Note on the mental hospitals in Burma - 1925-1940
Year: 1925
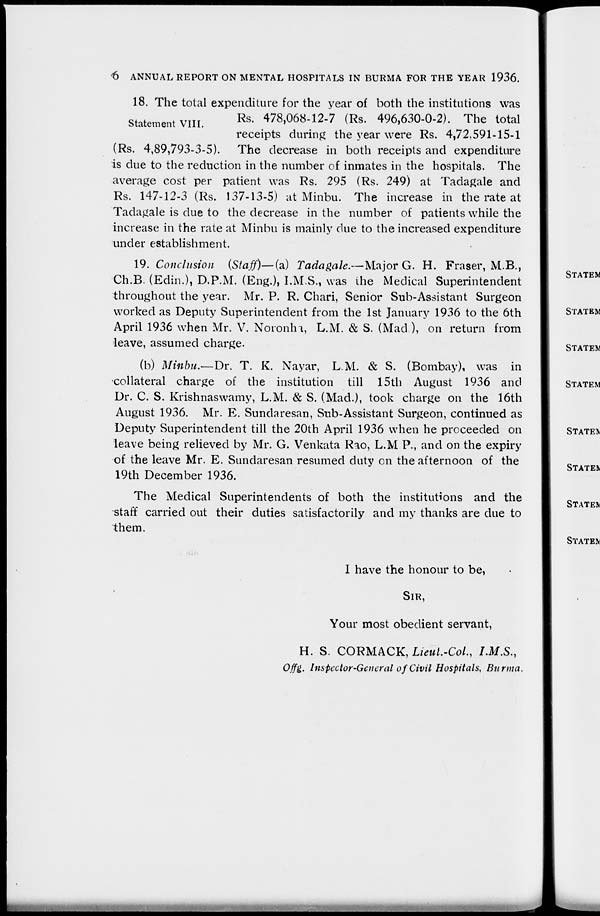
6 ANNUAL REPORT ON MENTAL HOSPITALS IN BURMA FOR THE YEAR 1936.
Statement VIII.
18. The total expenditure for the year of both the institutions was
Rs. 478,068-12-7 (Rs. 496,630-0-2). The total
receipts during the year were Rs. 4,72,591-15-1
(Rs. 4,89,793-3-5). The decrease in both receipts and expenditure
is due to the reduction in the number of inmates in the hospitals. The
average cost per patient was Rs. 295 (Rs. 249) at Tadagale and
Rs. 147-12-3 (Rs. 137-13-5) at Minbu. The increase in the rate at
Tadagale is due to the decrease in the number of patients while the
increase in the rate at Minbu is mainly due to the increased expenditure
under establishment.
19. Conclusion (Staff)—(a) Tadagale.—Major G. H. Fraser, M.B.,
Ch.B. (Edin.), D.P.M. (Eng.), I.M.S., was the Medical Superintendent
throughout the year. Mr. P. R. Chari, Senior Sub-Assistant Surgeon
worked as Deputy Superintendent from the 1st January 1936 to the 6th
April 1936 when Mr. V. Noronha, L.M. & S. (Mad ), on return from
leave, assumed charge.
(b) Minbu.—Dr. T. K. Nayar, L.M. & S. (Bombay), was in
collateral charge of the institution till 15th August 1936 and
Dr. C. S. Krishnaswamy, L.M. & S. (Mad.), took charge on the 16th
August 1936. Mr. E. Sundaresan, Sub-Assistant Surgeon, continued as
Deputy Superintendent till the 20th April 1936 when he proceeded on
leave being relieved by Mr. G. Venkata Rao, L.M.P., and on the expiry
of the leave Mr. E. Sundaresan resumed duty on the afternoon of the
19th December 1936.
The Medical Superintendents of both the institutions and the
staff carried out their duties satisfactorily and my thanks are due to
them.
I have the honour to be,
SIR,
Your most obedient servant,
H. S. CORMACK, Lieul.-Col., I.M.S.,
Offg. Inspector-General of Civil Hospitals, Burma.